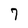
Character: 7